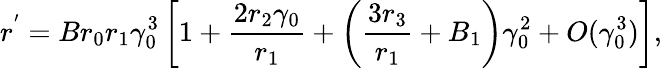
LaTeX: r^{'}=Br_{0}r_{1}\gamma_{0}^{3}\left[1+\frac{2r_{2}\gamma_{0}}{r_{1}}+\left(\frac{3r_{3}}{r_{1}}+B_{1}\right)\gamma_{0}^{2}+O(\gamma_{0}^{3})\right],